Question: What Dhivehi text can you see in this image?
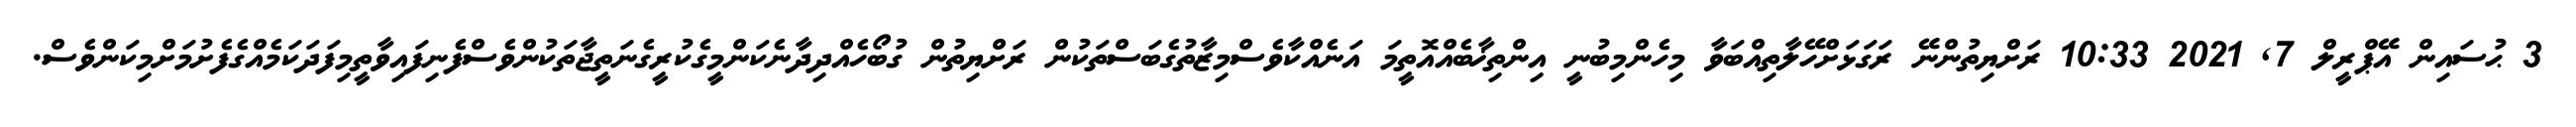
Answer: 3 ޙުސައިން އޭޕްރީލް 7, 2021 10:33 ރަށްޔިތުންނޭ ރަގަޅަށްހޭލާތިއްބަވާ މިހެންމިބުނީ އިންތިޚާބެއްއޮތީމަ އަނެއްކާވެސްމިޒާތުގެބަސްތަކުން ރަށްޔިތުން ގުބޯހެއްދިދާނެކަންމީގެކުރީގެނަތީޖާތަކުންވެސްފެނިފައިވާތީމިފަދަކަމެއްގެފެށުމަށްމިކަންވެސް.